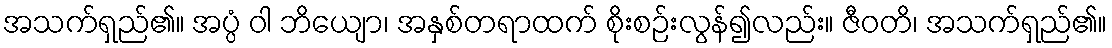
အသက်ရှည်၏။ အပ္ပံ ဝါ ဘိယျော၊ အနှစ်တရာထက် စိုးစဉ်းလွန်၍လည်း။ ဇီဝတိ၊ အသက်ရှည်၏။